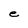
Character: e